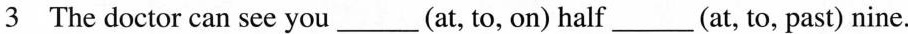
3 The doctor can see you___(at, to, on) half___(at, to, past) nine.